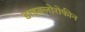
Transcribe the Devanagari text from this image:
डाइक्लोरोफीन